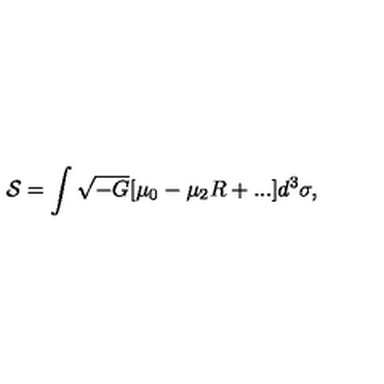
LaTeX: { \cal S } = \int \sqrt { - G } [ \mu _ { 0 } - \mu _ { 2 } R + . . . ] d ^ { 3 } \sigma ,